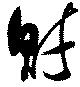
財